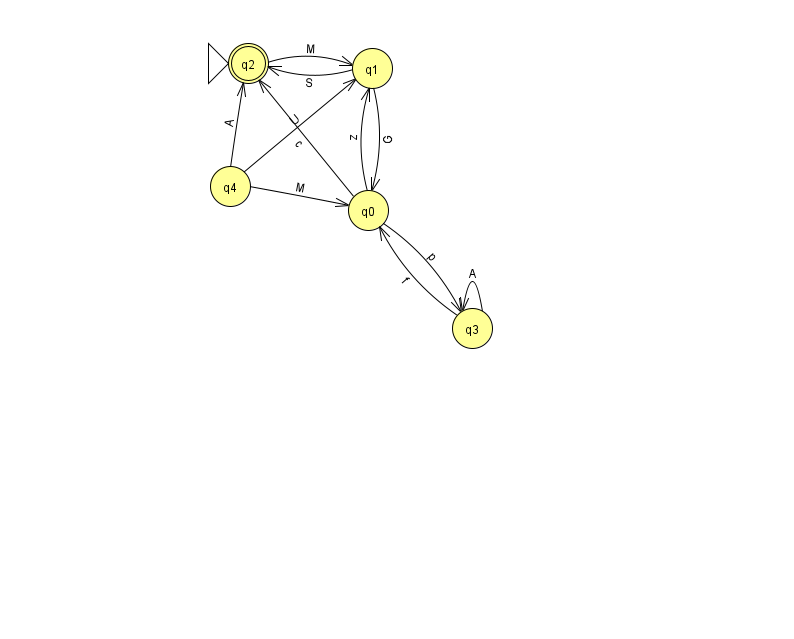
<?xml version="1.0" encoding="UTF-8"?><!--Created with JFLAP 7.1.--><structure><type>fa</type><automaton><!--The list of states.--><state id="0" name="q0"><x>368.0</x><y>197.0</y></state><state id="1" name="q1"><x>372.0</x><y>55.0</y></state><state id="2" name="q2"><x>248.0</x><y>50.0</y><initial/><final/></state><state id="3" name="q3"><x>472.0</x><y>315.0</y></state><state id="4" name="q4"><x>230.0</x><y>173.0</y></state><!--The list of transitions.--><transition><from>4</from><to>1</to><read>U</read></transition><transition><from>3</from><to>3</to><read>A</read></transition><transition><from>1</from><to>0</to><read>G</read></transition><transition><from>2</from><to>1</to><read>M</read></transition><transition><from>0</from><to>1</to><read>z</read></transition><transition><from>0</from><to>2</to><read>c</read></transition><transition><from>0</from><to>3</to><read>p</read></transition><transition><from>4</from><to>0</to><read>M</read></transition><transition><from>1</from><to>2</to><read>S</read></transition><transition><from>4</from><to>2</to><read>A</read></transition><transition><from>3</from><to>0</to><read>f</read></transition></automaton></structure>